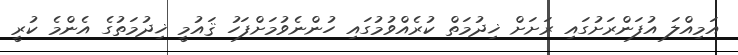
އަމިއްލަ އުފަންރަށުގައި ރަށަށް ޚިދުމަތް ކުރެއްވުމުގައި ހުންނެވުމަށްފަހު ޤައުމީ ޚިދުމަތުގެ އެންމެ ކުރީ